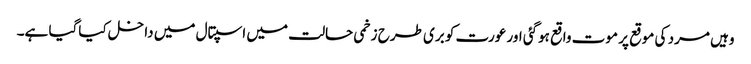
وہیں مرد کی موقع پر موت واقع ہوگئی اور عورت کو بری طرح زخمی حالت میں اسپتال میں داخل کیاگیا ہے۔